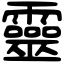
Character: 靈